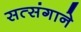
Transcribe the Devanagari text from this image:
सत्संगाने